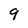
Character: 9